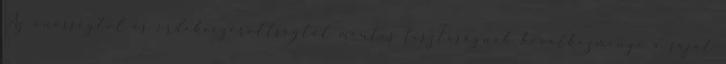
Az önösségtől és érdekvezéreltségtől mentes tisztaságnak következménye a saját